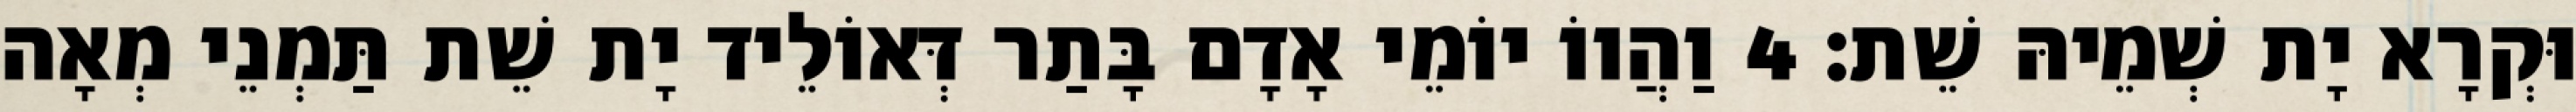
וּקְרָא יָת שְׁמֵיהּ שֵׁת׃ 4 וַהֲווֹ יוֹמֵי אָדָם בָּתַר דְּאוֹלֵיד יָת שֵׁת תַּמְנֵי מְאָה